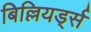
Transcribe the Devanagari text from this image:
बिल्लियर्ड्स